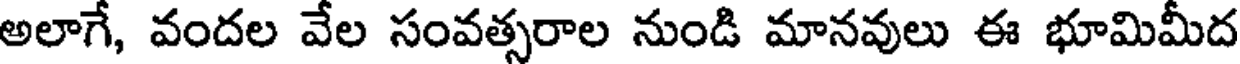
అలాగే, వందల వేల సంవత్సరాల నుండి మానవులు ఈ భూమిమీద